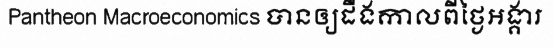
Pantheon Macroeconomics បានឲ្យដឹងកាលពីថ្ងៃអង្គារ